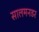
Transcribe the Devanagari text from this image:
सालमनडर